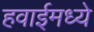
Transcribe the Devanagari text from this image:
हवाईमध्ये